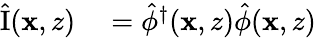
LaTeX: \begin{array}{rl}{\hat{\mathrm{I}}(\mathbf{x},z)}&{{}=\hat{\phi}^{\dagger}(\mathbf{x},z)\hat{\phi}(\mathbf{x},z)}\end{array}